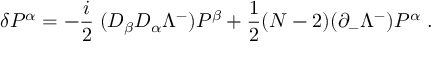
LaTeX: \delta P ^ { \alpha } = - { \frac { i } { 2 } } \; ( D _ { \beta } D _ { \alpha } \Lambda ^ { - } ) P ^ { \beta } + { \frac { 1 } { 2 } } ( N - 2 ) ( \partial _ { - } \Lambda ^ { - } ) P ^ { \alpha } \; .